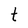
Character: t